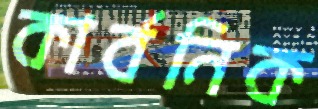
কার্বনিক